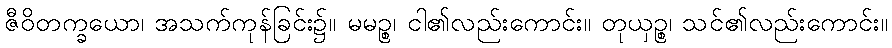
ဇီဝိတက္ခယော၊ အသက်ကုန်ခြင်း၌။ မမဉ္စ၊ ငါ၏လည်းကောင်း။ တုယှဉ္စ၊ သင်၏လည်းကောင်း။